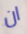
ان